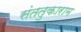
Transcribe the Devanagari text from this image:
संततुकाराम